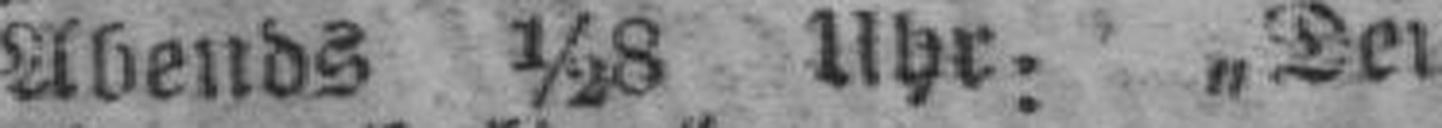
Abends ½8 Uhr: „Den